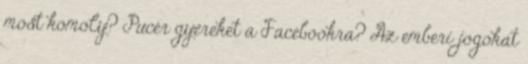
most komoly? Pucér gyereket a Facebookra? Az emberi jogokat